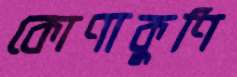
কোণাকুণি